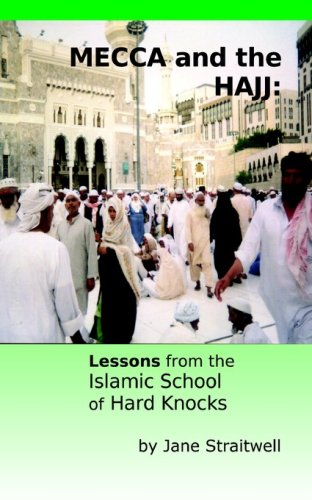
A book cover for Mecca and the Hajj: Lessons from the Islamic School of Hard Knocks; Jane Straitwell; Religion & Spirituality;